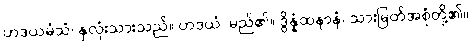
ဟဒယမံသံ၊ နှလုံးသားသည်။ ဟဒယံ၊ မည်၏။ ဒွိန္နံထနာနံ၊ သားမြတ်အစုံတို့၏။